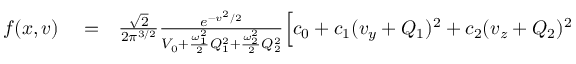
\begin{array} { r l r } { f ( x , \boldsymbol { v } ) } & { { } = } & { \frac { \sqrt { 2 } } { 2 \pi ^ { 3 / 2 } } \frac { e ^ { - v ^ { 2 } / 2 } } { V _ { 0 } + \frac { \omega _ { 1 } ^ { 2 } } { 2 } Q _ { 1 } ^ { 2 } + \frac { \omega _ { 2 } ^ { 2 } } { 2 } Q _ { 2 } ^ { 2 } } \Big [ c _ { 0 } + c _ { 1 } ( v _ { y } + Q _ { 1 } ) ^ { 2 } + c _ { 2 } ( v _ { z } + Q _ { 2 } ) ^ { 2 } } \end{array}